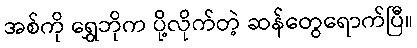
အစ်ကို ရွှေဘိုက ပို့လိုက်တဲ့ ဆန်တွေရောက်ပြီ။